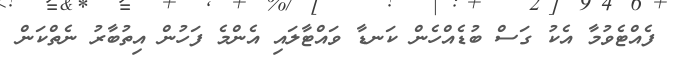
ފެއްޓެވުމާ އެކު ގަސް ބުޑެއްހެން ކަނޑާ ވައްޓާލައި އެންމެ ފަހުން އިތުބާރު ނެތްކަން